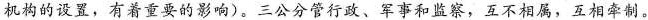
机构的设置，有着重要的影响)。三公分管行政、军事和监察，互不相属，互相牵制。